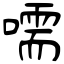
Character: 嚅